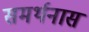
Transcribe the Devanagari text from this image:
समर्थनास